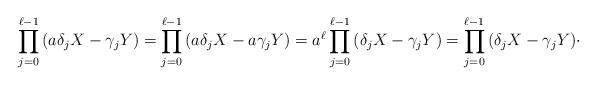
LaTeX: \begin{align*}\prod\limits_{j=0}^{\ell-1}{(a\delta_jX-\gamma_jY)} = \prod\limits_{j=0}^{\ell-1}{(a\delta_jX-a\gamma_jY)}= a^{\ell} \prod\limits_{j=0}^{\ell-1}{(\delta_jX-\gamma_jY)} = \prod\limits_{j=0}^{\ell-1}{(\delta_jX-\gamma_jY)}\cdot\end{align*}